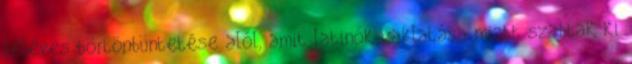
féléves börtönbüntetése alól, amit latinók zaklatása miatt szabtak ki